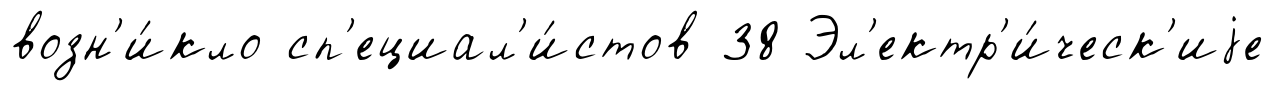
возн'и́кло сп'ециал'и́стов 38 Эл'ектр'и́ческ'иjе